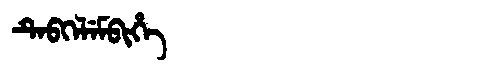
Manchu: ᡨᡝᠪᡴᡝᠯᡝᠮᠪᡳᡥᡝ
Romanization: TEBKELEMBIHE